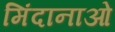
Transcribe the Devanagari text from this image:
मिंदानाओ